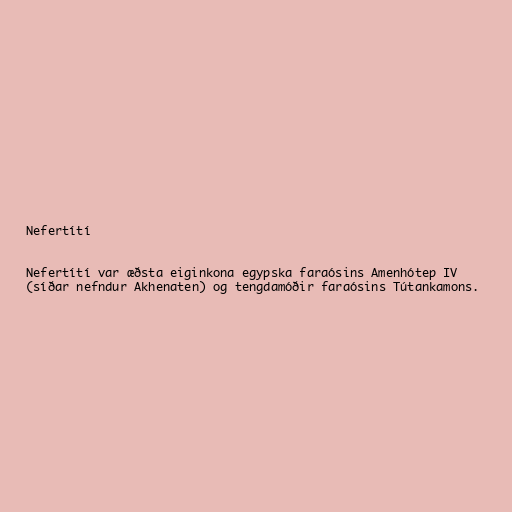
Nefertítí

Nefertítí var æðsta eiginkona egypska faraósins Amenhótep IV
(síðar nefndur Akhenaten) og tengdamóðir faraósins Tútankamons.